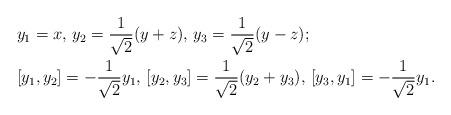
LaTeX: \begin{align*} &y_1=x, \, y_2=\frac{1}{\sqrt{2}}(y+z), \, y_3=\frac{1}{\sqrt{2}}(y-z);\\ &[y_1,y_2]=-\frac{1}{\sqrt{2}}y_1, \, [y_2,y_3]=\frac{1}{\sqrt{2}}(y_2+y_3), \, [y_3,y_1]=-\frac{1}{\sqrt{2}}y_1. \end{align*}